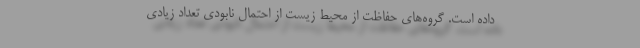
داده است. گروه‌های حفاظت از محیط زیست از احتمال نابودی تعداد زیادی